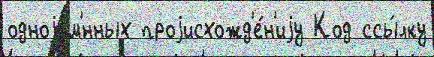
одноjим'́нных проjисхожд'е́н'иjу Код ссы́лку